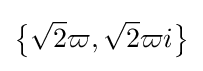
{\bigl \{}{\sqrt {2}}\varpi ,{\sqrt {2}}\varpi i{\bigr \}}